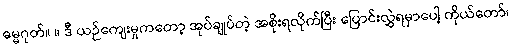
ဓမ္မဂုတ်။ ။ ဒီ ယဉ်ကျေးမှုကတော့ အုပ်ချုပ်တဲ့ အစိုးရလိုက်ပြီး ပြောင်းလွှဲရမှာပေါ့ ကိုယ်တော်၊